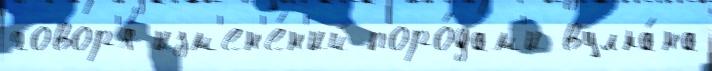
говор'я́ изм'ен'е́н'ий поро́дам'и вулка́на